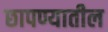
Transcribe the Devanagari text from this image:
छापण्यातील